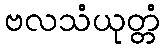
ဗလသံယုတ္တံ